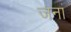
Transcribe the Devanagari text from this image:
जनां